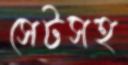
সেটসহ